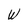
Character: W